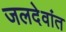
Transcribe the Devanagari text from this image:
जलदेवांत